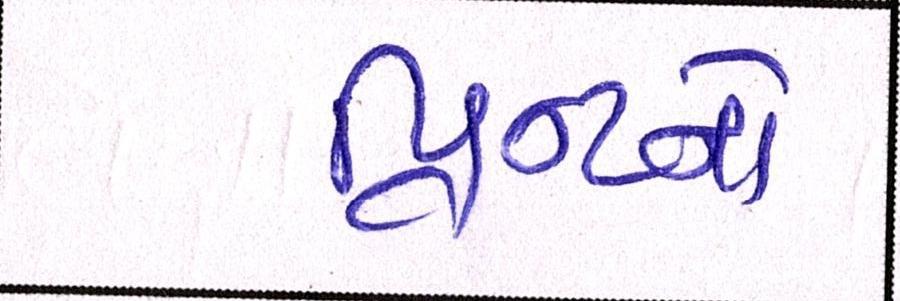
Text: પ્રિન્ટનો